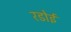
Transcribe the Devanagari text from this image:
रडोई